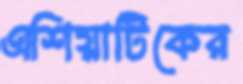
এশিয়াটিকের